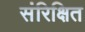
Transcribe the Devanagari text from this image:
संरिक्षित